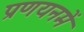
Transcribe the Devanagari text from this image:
प्रणयनमें